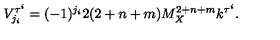
V _ { j _ { i } } ^ { \tau ^ { i } } = ( - 1 ) ^ { j _ { i } } 2 ( 2 + n + m ) M _ { X } ^ { 2 + n + m } k ^ { \tau ^ { i } } . \,